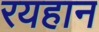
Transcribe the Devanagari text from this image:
रयहान